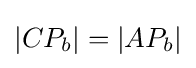
|CP_{b}|=|AP_{b}|